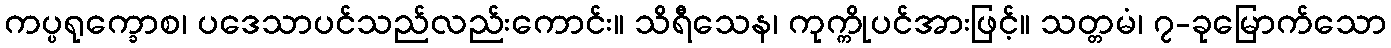
ကပ္ပရုက္ခောစ၊ ပဒေသာပင်သည်လည်းကောင်း။ သိရီသေန၊ ကုက္ကိုပင်အားဖြင့်။ သတ္တမံ၊ ၇-ခုမြောက်သော